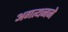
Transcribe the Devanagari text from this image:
अगत्यनने